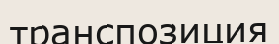
транспозиция